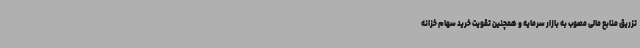
تزریق منابع مالی مصوب به بازار سرمایه و همچنین تقویت خرید سهام خزانه